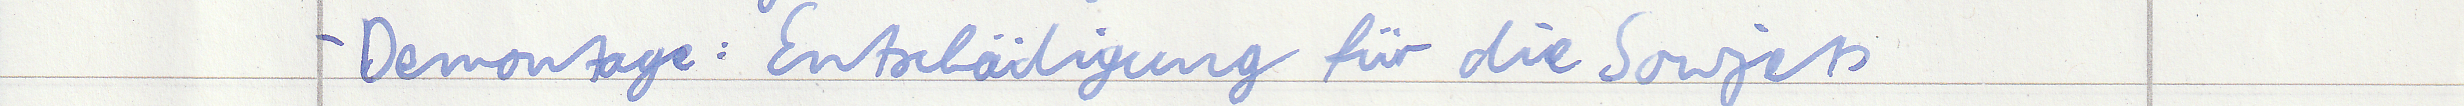
- Demontage: Entschädigung für die Sowjets